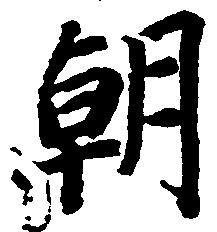
朝